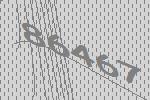
86467